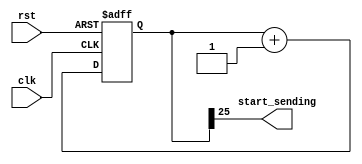
module Digital_Clock  // This module uses the 1 HZ clock of the FPGA
(
    input clk,rst,
    output start_sending
);

// Segnal declaration
reg [25:0] q;

always @(posedge clk,posedge rst)
begin
    if(rst)
        q <= 26'b0;
    else
        q <= q + 26'b1;
end

assign start_sending = q[25];  // every 1 second


endmodule